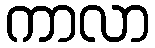
ကာလာ